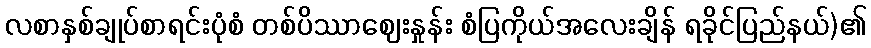
လစာနှစ်ချုပ်စာရင်းပုံစံ တစ်ပိဿာဈေးနှုန်း စံပြကိုယ်အလေးချိန် ရခိုင်ပြည်နယ်)၏